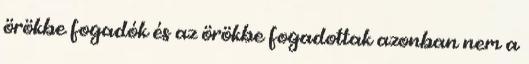
örökbe fogadók és az örökbe fogadottak azonban nem a